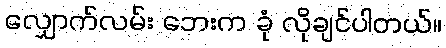
လျှောက်လမ်း ဘေးက ခုံ လိုချင်ပါတယ်။